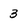
Character: 3